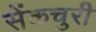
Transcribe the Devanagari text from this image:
सेंकचुरी